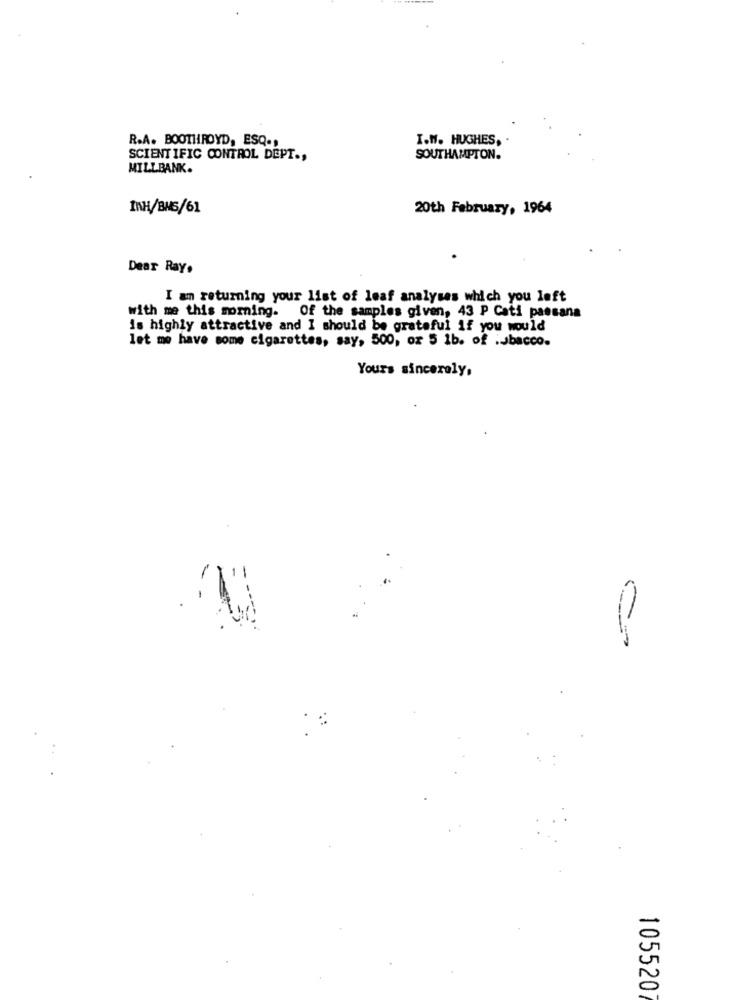
R.A. BOOTHROYD, ESQ .,
I.W. HUGHES,
SCIENTIFIC CONTROL DEPT .,
SOUTHAMPTON.
MILLBANK.
INH/BMS/61
20th February, 1964
Dear Ray.
I an returning your list of leaf analyses which you left
with me this morning. Of the samples given, 43 P Cati paesana
is highly attractive and I should be grateful if you would
let me have some cigarettes, say, 500, or 5 1b. of :Jbacco.
Yours sincerely,
105520